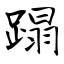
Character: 蹋